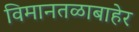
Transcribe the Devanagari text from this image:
विमानतळाबाहेर